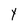
Character: Y